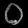
Digit: ၀